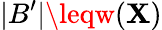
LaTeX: |B^{\prime}|\leqw(\mathbf{X})